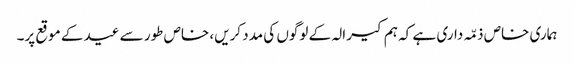
ہماری خاص ذمّہ داری ہے کہ ہم کیرالہ کے لوگوں کی مدد کریں، خاص طور سے عید کے موقع پر۔